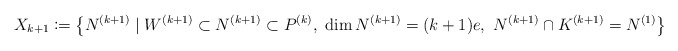
\begin{align*} X_{k+1}\coloneqq \left\{N^{(k+1)}\mid W^{(k+1)}\subset N^{(k+1)} \subset P^{(k)},\ \dim N^{(k+1)} = (k+1)e,\ N^{(k+1)}\cap K^{(k+1)} = N^{(1)} \right\}\end{align*}